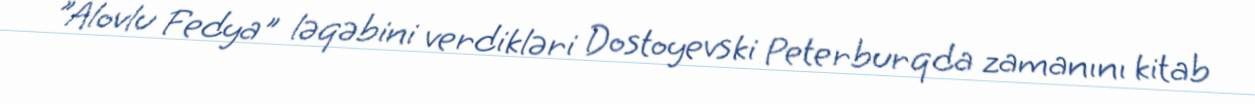
"Alovlu Fedya" ləqəbini verdikləri Dostoyevski Peterburqda zamanını kitab